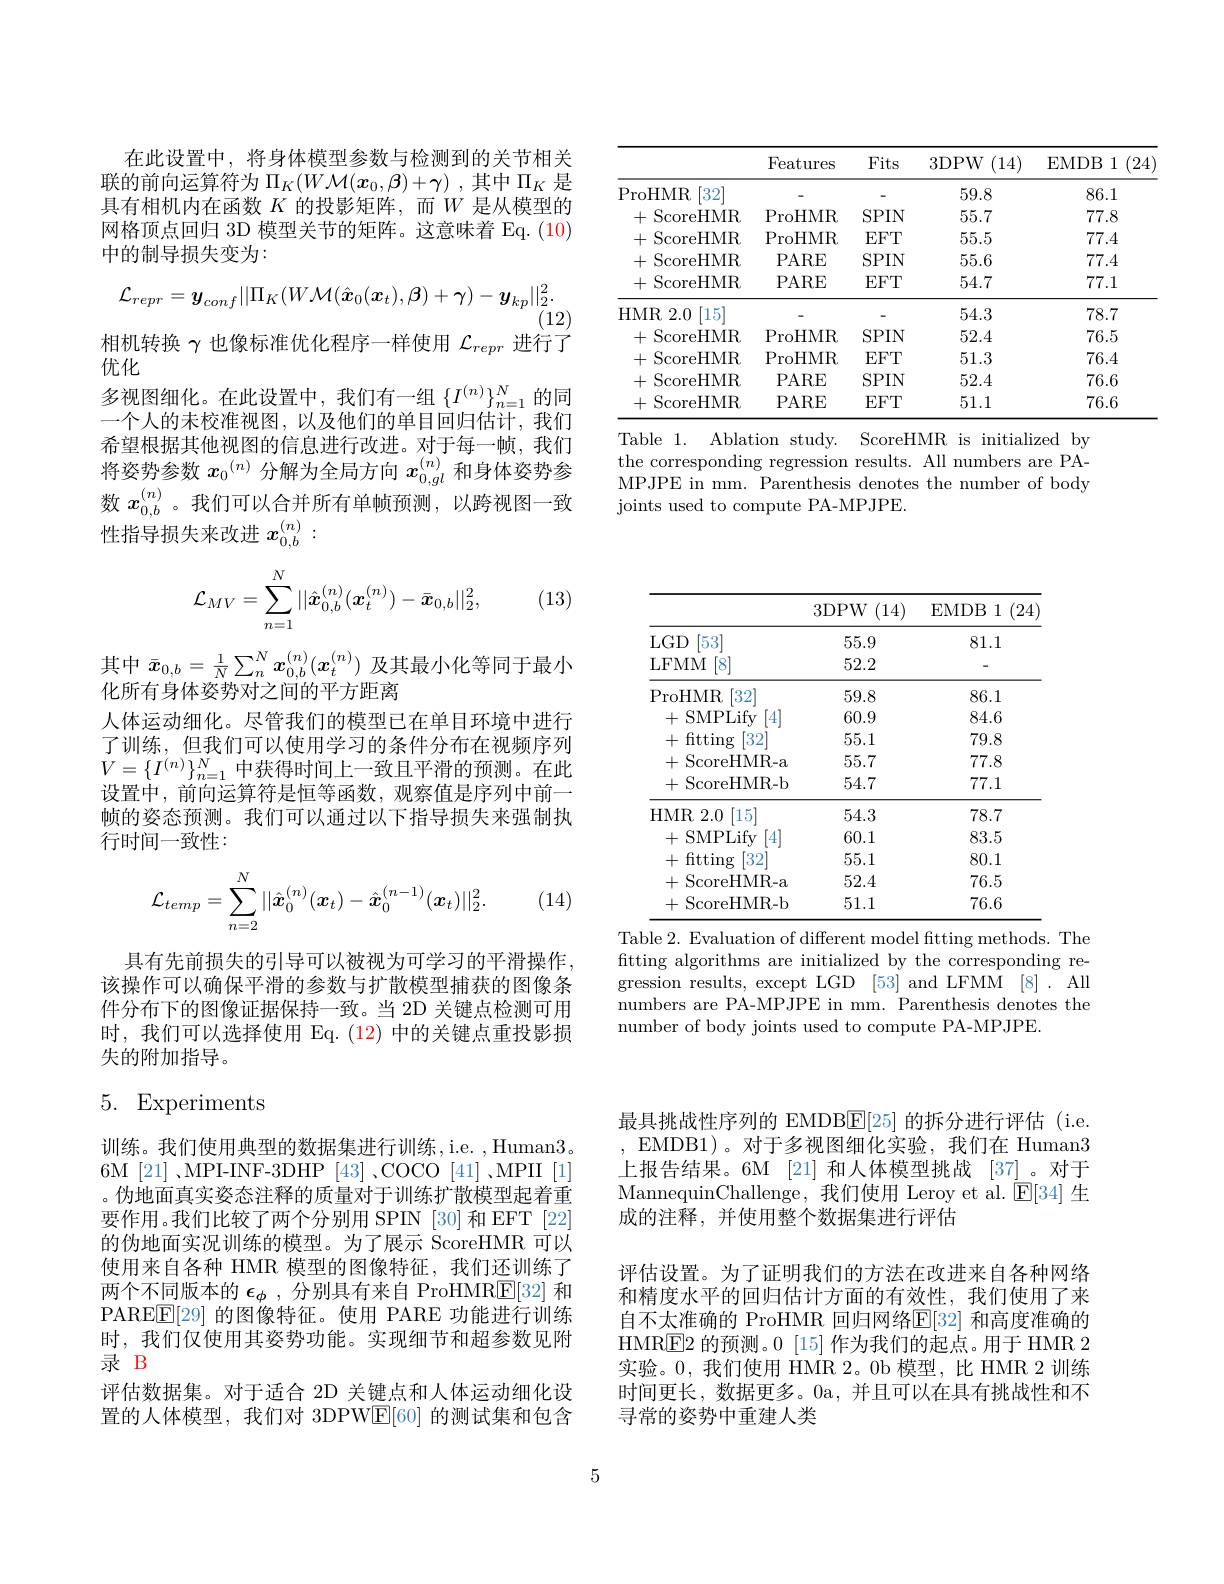
<table>
	<tbody>
		<tr>
			<th> </th>
			<th>Features</th>
			<th>Fits</th>
			<th>3DPW (14)</th>
			<th>EMDB :1 (24)</th>
		</tr>
		<tr>
			<td>ProHMR [32]</td>
			<td> </td>
			<td> </td>
			<td>59.8</td>
			<td>86.1</td>
		</tr>
		<tr>
			<td>ScoreHMR +</td>
			<td>ProHMR</td>
			<td>$SPIN$</td>
			<td>55.7</td>
			<td>77.8</td>
		</tr>
		<tr>
			<td>ScoreHMR +</td>
			<td>ProHMR</td>
			<td>$EFT$</td>
			<td>55.5</td>
			<td>77.4</td>
		</tr>
		<tr>
			<td>ScoreHMR +</td>
			<td>PARE</td>
			<td>$SPIN$</td>
			<td>55.6</td>
			<td>77.4</td>
		</tr>
		<tr>
			<td>ScoreHMR 十</td>
			<td>PARE</td>
			<td>$EFT$</td>
			<td>54.7</td>
			<td>77.1</td>
		</tr>
		<tr>
			<td>HMR ,2.0 $\left[15\right.^{\prime}$</td>
			<td> </td>
			<td>-</td>
			<td>54.3</td>
			<td>78.7</td>
		</tr>
		<tr>
			<td>ScoreHMR +</td>
			<td>ProHMR</td>
			<td>$SPIN$</td>
			<td>52.4</td>
			<td>76.5</td>
		</tr>
		<tr>
			<td>ScoreHMR +</td>
			<td>ProHMR</td>
			<td>$EFT$</td>
			<td>51.3</td>
			<td>76.4</td>
		</tr>
		<tr>
			<td>ScoreHMR +</td>
			<td>PARE</td>
			<td>$SPIN$</td>
			<td>52.4</td>
			<td>76.6</td>
		</tr>
		<tr>
			<td>ScoreHMR +</td>
			<td>PARE</td>
			<td>$EFT$</td>
			<td>51.1</td>
			<td>76.6</td>
		</tr>
	</tbody>
</table>
Table 1. Ablation study. ScoreHMR is initialized by

the corresponding regression results. All numbers are PAMPJPE in mm. Parenthesis denotes the number of body joints used to compute PA-MPJPE.

在此设置中，将身体模型参数与检测到的关节相关联的前向运算符为$\Pi_K(W\mathcal{M}(x_0,\beta)+\gamma)$ ,其中$\Pi_K$ 是具有相机内在函数$K$的投影矩阵，而$W$是从模型的网格顶点回归 3D 模型关节的矩阵。这意味着 Eq. (10) 中的制导损失变为：
$$\mathcal{L}_{repr}=\boldsymbol{y}_{conf}||\Pi_{K}(W\mathcal{M}(\hat{\boldsymbol{x}}_{0}(\boldsymbol{x}_{t}),\boldsymbol{\beta})+\gamma)-\boldsymbol{y}_{kp}||_{2}^{2}.$$
(12)
相机转换$\gamma$也像标准优化程序一样使用$\mathcal{L}_repr$进行了

优化
多视图细化。在此设置中，我们有一组$\left\{I^{(n)}\right\}_{n=1}^N$的同一个人的未校准视图，以及他们的单目回归估计，我们希望根据其他视图的信息进行改进。对于每一帧，我们将姿势参数$x_0^{(n)}$分解为全局方向$x_{0,gl}^{(n)}$和身体姿势参数$x_{0,b}^{(n)}$。我们可以合并所有单帧预测，以跨视图一致性指导损失来改进$x_{0,b}^{(n)}:$
$$\mathcal{L}_{MV}=\sum_{n=1}^N||\hat{\boldsymbol{x}}_{0,b}^{(n)}(\boldsymbol{x}_t^{(n)})-\bar{\boldsymbol{x}}_{0,b}||_2^2,$$
(13)

其中$\bar{x}_{0,b}=\frac1N\sum_n^N\boldsymbol{x}_{0,b}^{(n)}(\boldsymbol{x}_t^{(n)})$及其最小化等同于最小
化所有身体姿势对之间的平方距离
人体运动细化。尽管我们的模型已在单目环境中进行了训练，但我们可以使用学习的条件分布在视频序列$V=\{I^{(n)}\}_{n=1}^N$中获得时间上一致且平滑的预测。在此设置中，前向运算符是恒等函数，观察值是序列中前一帧的姿态预测。我们可以通过以下指导损失来强制执行时间一致性：
$$\mathcal{L}_{temp}=\sum_{n=2}^N||\hat{\boldsymbol{x}}_0^{(n)}(\boldsymbol{x}_t)-\hat{\boldsymbol{x}}_0^{(n-1)}(\boldsymbol{x}_t)||_2^2.$$
(14)

具有先前损失的引导可以被视为可学习的平滑操作， 该操作可以确保平滑的参数与扩散模型捕获的图像条件分布下的图像证据保持一致。当 2D 关键点检测可用时，我们可以选择使用 Eq.(12)中的关键点重投影损失的附加指导。

# 5. Experiments

6M[21]、MPI-INF-3DHP[43]、COCO[41]、MPII[1]

训练。我们使用典型的数据集进行训练，i.e. , Human3。。伪地面真实姿态注释的质量对于训练扩散模型起着重要作用。我们比较了两个分别用 SPIN [30]和 EFT [22] 的伪地面实况训练的模型。为了展示 ScoreHMR 可以使用来自各种 HMR 模型的图像特征，我们还训练了两个不同版本的$\epsilon_\phi$ ,分别具有来自 ProHMRE[32] 和PARE$\underline{\mathrm{E}}[$29] 的图像特征。使用 PARE 功能进行训练时，我们仅使用其姿势功能。实现细节和超参数见附录 B
评估数据集。对于适合 2D 关键点和人体运动细化设置的人体模型，我们对 3DPW$\mathbb{E}[60]$的测试集和包含

<table>
	<tbody>
		<tr>
			<th> </th>
			<th>3DPW (14)</th>
			<th>EMDB (24 1</th>
		</tr>
		<tr>
			<td>53 $LGD$</td>
			<td>55.9</td>
			<td>81.1</td>
		</tr>
		<tr>
			<td>LFMM [8]</td>
			<td>52.2</td>
			<td> </td>
		</tr>
		<tr>
			<td>ProHMR $\lceil32\rceil$</td>
			<td>59.8</td>
			<td>86.1</td>
		</tr>
		<tr>
			<td>+ SMPLify . 4</td>
			<td>60.9</td>
			<td>84.6</td>
		</tr>
		<tr>
			<td>+ fitting $[32^{\cdot}]$</td>
			<td>55.1</td>
			<td>79.8</td>
		</tr>
		<tr>
			<td>+ ScoreHMR- a</td>
			<td>55.7</td>
			<td>77.8</td>
		</tr>
		<tr>
			<td>+ScoreHMR-b</td>
			<td>54.7</td>
			<td>77.1</td>
		</tr>
		<tr>
			<td>$[15^{\prime}]$ HMR $\{2.0$</td>
			<td>54.3</td>
			<td>78.7</td>
		</tr>
		<tr>
			<td>+ SMPLify -</td>
			<td>60.1</td>
			<td>83.5</td>
		</tr>
		<tr>
			<td>+ fitting $\begin{bmatrix}32\\-1\end{bmatrix}$</td>
			<td>55.1</td>
			<td>80.1</td>
		</tr>
		<tr>
			<td>+ ScoreHMR- a</td>
			<td>52.4</td>
			<td>76.5</td>
		</tr>
		<tr>
			<td> ScoreHMR-b</td>
			<td>51.1</td>
			<td>76.6</td>
		</tr>
	</tbody>
</table>
Table 2. Evaluation of different model fitting methods. The

fitting algorithms are initialized by the corresponding regression results, except LGD [53] and LFMM [8]. All numbers are PA-MPJPE in mm. Parenthesis denotes the number of body joints used to compute PA-MPJPE.

最具挑战性序列的 EMDB$\overline{\mathbb{E}}[25]$的拆分进行评估 (i.e. EMDB1)。对于多视图细化实验，我们在 Human3上报告结果。6M [21] 和人体模型挑战 [37] 。对于MannequinChallenge,我们使用 Leroy et al. $\overline{\mathbb{E}}[34]$生成的注释，并使用整个数据集进行评估
评估设置。为了证明我们的方法在改进来自各种网络和精度水平的回归估计方面的有效性，我们使用了来自不太准确的 ProHMR 回归网络$\mathbb{E}[32]$ 和高度准确的HMRE2 的预测。0 [15] 作为我们的起点。用于 HMR 2实验。0,我们使用 HMR 2。0b 模型，比 HMR 2 训练时间更长，数据更多。0a,并且可以在具有挑战性和不寻常的姿势中重建人类

5